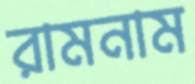
রামনাম